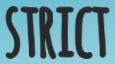
STRICT